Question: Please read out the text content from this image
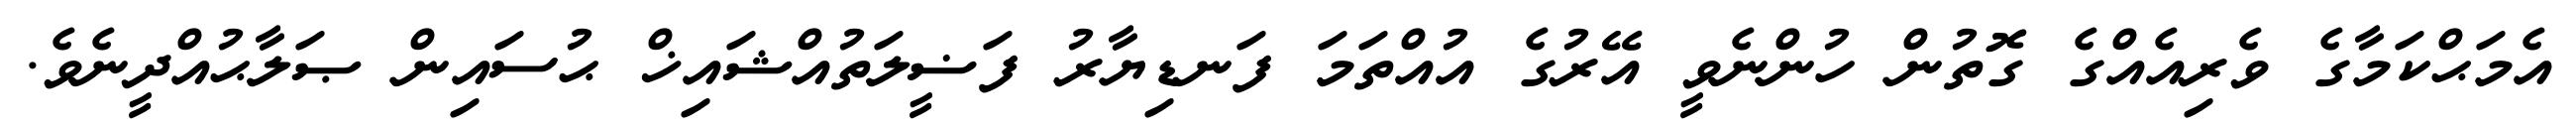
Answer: އެމަޙްކަމާގެ ވެރިއެއްގެ ގޮތުން ހުންނެވީ އޭރުގެ އުއްތަމަ ފަނޑިޔާރު ފަޟީލަތުއްޝައިޚް ޙުސައިން ޞަލާޙުއްދީނެވެ.